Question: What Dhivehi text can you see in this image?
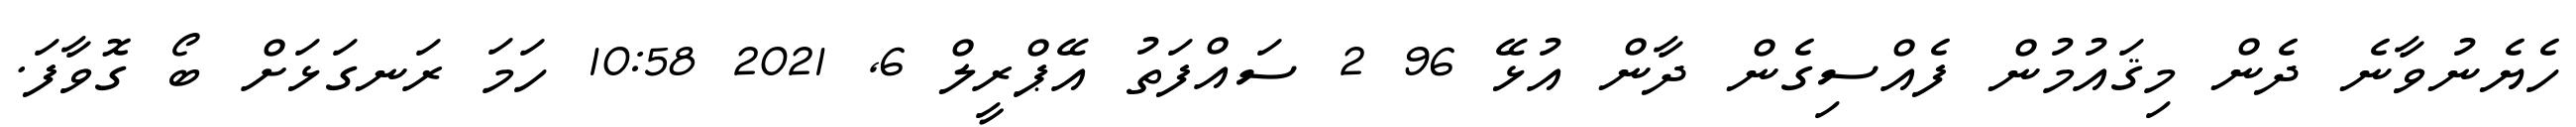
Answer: ހެޔެނުވާނެ ދެން މިޤައުމުން ފެއްސިގެން ދާން އުޅޭ 96 2 ސައްފަތު އޭޕްރީލް 6, 2021 10:58 ހަމަ ރަނގަޅަށް ބޯ ގޮވާފަ.